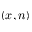
( x , n )